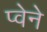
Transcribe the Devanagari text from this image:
प्वेने